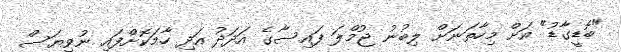
"ބޮޑީގާޑު" އަށް މިހާތަނަށް ލިބުނު ޖުމްލަ ފައިސާގެ އަދަދު އަދި ހާމަކޮށްފައި ނުވިޔަސް